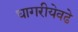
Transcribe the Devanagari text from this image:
घागरीयेवढे